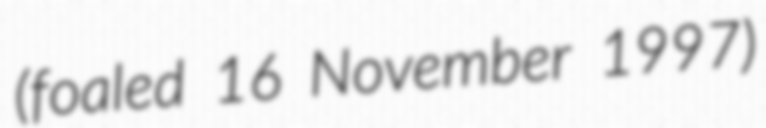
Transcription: (foaled 16 November 1997)